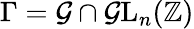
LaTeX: \Gamma=\mathcal{G}\cap\mathrm{{\mathcal{G}L}}_{n}(\mathbb{{Z}})